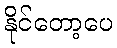
နိုင်တော့ပေ